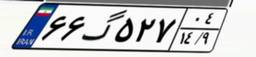
۶۶گ۵۲۷۰۴